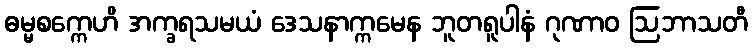
ဓမ္မစက္ကေဟိ အက္ခရသမယံ ဒေသနာက္ကမေန ဘူတရူပါနံ ဂုဏာဝ ဩဘာသတီ